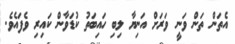
އެތަން ތަން ވަނީ ވަރަށް އަނިޔާ ލިބި ހައިބަތު ކުޑަވާން ކައިރި ވެފައެވެ.